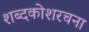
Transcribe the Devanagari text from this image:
शब्दकोशरचना